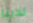
لدينا